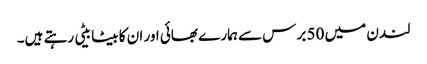
لندن میں 50 برس سے ہمارے بھائی اور ان کا بیٹا بیٹی رہتے ہیں۔